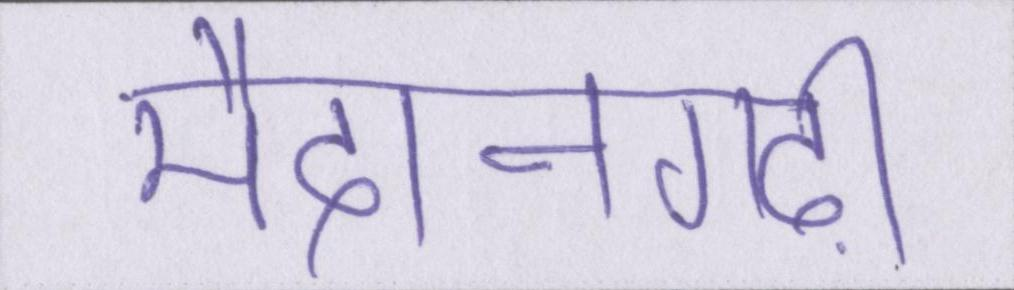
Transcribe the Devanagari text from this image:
मैदानगढ़ी